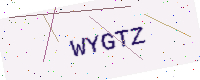
Text: WYGTZ